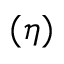
( \eta )